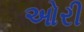
ઓરી